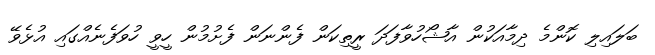
ބަލައިލި ކޮންމެ ދިމާއަކުން އާޝޯހުވާފަދަ ރީތިކަން ފެންނަން ފެށުމުން ހީވީ ހުވަފެނެއްގައި އުޅެވޭ